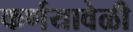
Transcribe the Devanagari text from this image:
कर्णयावेळी